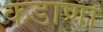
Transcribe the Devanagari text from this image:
कडाणा